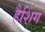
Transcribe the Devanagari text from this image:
हैशिंग